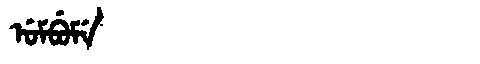
Manchu: ᡠᠮᠪᡠᠮᡝ
Romanization: UMBUME